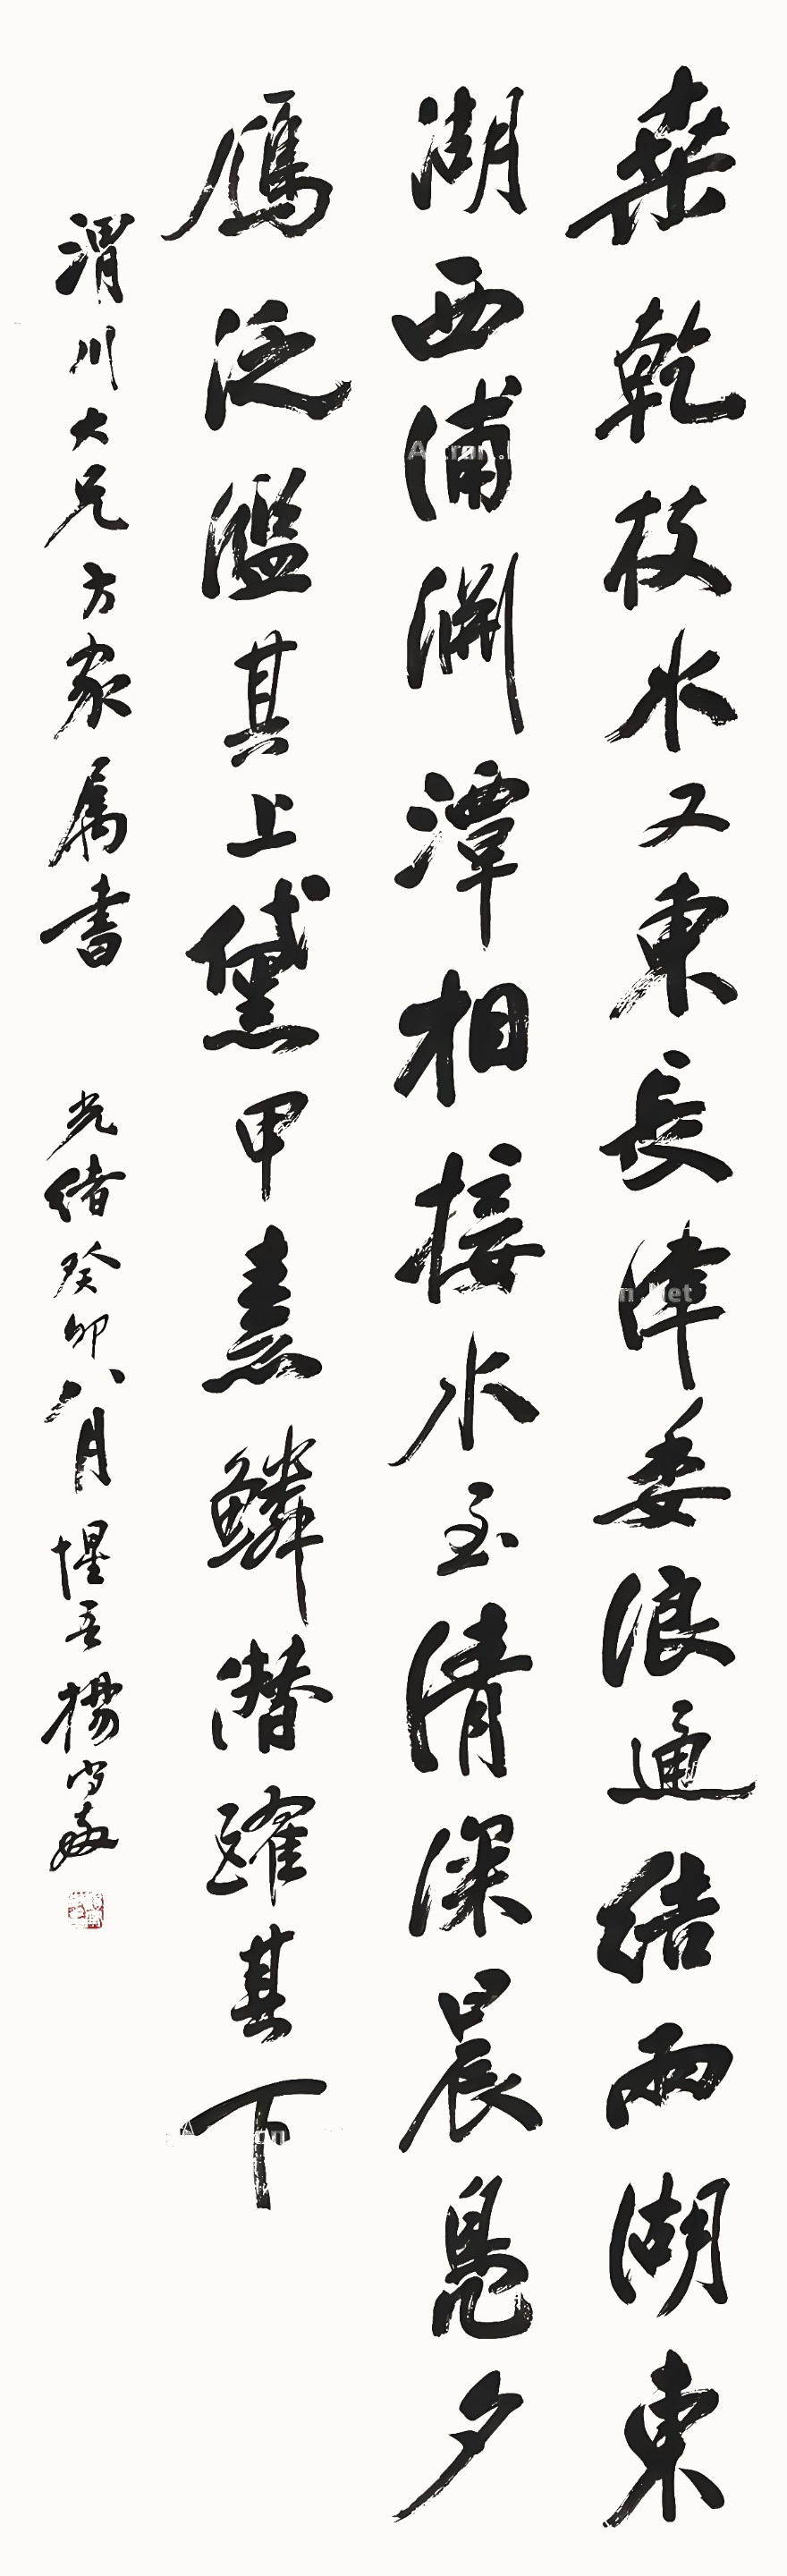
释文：桑干枝水又东长，津委浪通结两湖，东湖西浦渊潭相接，水至清深，晨凫夕雁，泛滥其上，黛甲素鳞，潜跃其下。渭川大兄方家属书，光绪癸卯八月，惺吾杨守敬。